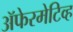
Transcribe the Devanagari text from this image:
ॲफेरमेटिव्ह